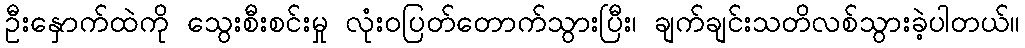
ဦးနှောက်ထဲကို သွေးစီးစင်းမှု လုံးဝပြတ်တောက်သွားပြီး၊ ချက်ချင်းသတိလစ်သွားခဲ့ပါတယ်။